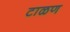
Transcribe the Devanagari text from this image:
टाळण